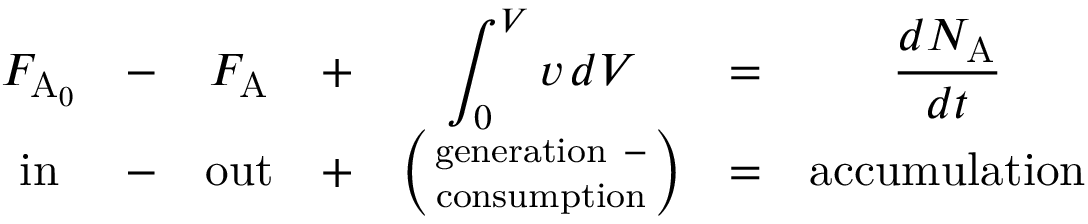
{ \begin{array} { c c c c c c c } { F _ { \mathrm { A } _ { 0 } } } & { - } & { F _ { \mathrm { A } } } & { + } & { \displaystyle \int _ { 0 } ^ { V } v \, d V } & { = } & { \displaystyle { \frac { d N _ { \mathrm { A } } } { d t } } } \\ { { \mathrm { i n } } } & { - } & { { \mathrm { o u t } } } & { + } & { \left( { { \mathrm { g e n e r a t i o n ~ } } - \atop { \mathrm { c o n s u m p t i o n } } } \right) } & { = } & { { \mathrm { a c c u m u l a t i o n } } } \end{array} }